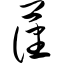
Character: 藩